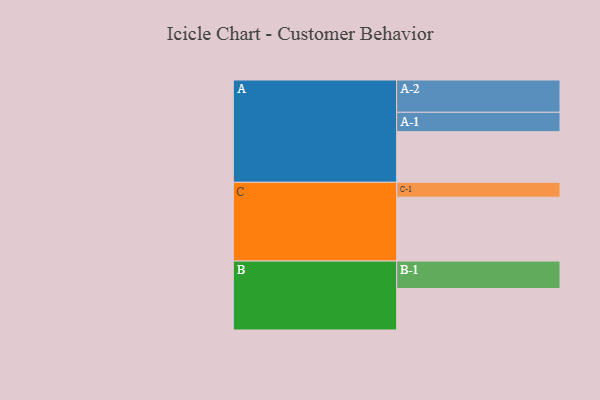
{"axis": {"x": "Segment", "y": "Value"}, "legend": ["", "A", "B", "C"], "data": [{"x": "A", "y": 464, "type": ""}, {"x": "B", "y": 380, "type": ""}, {"x": "C", "y": 586, "type": ""}, {"x": "A-1", "y": 178, "type": "A"}, {"x": "A-2", "y": 296, "type": "A"}, {"x": "B-1", "y": 252, "type": "B"}, {"x": "C-1", "y": 136, "type": "C"}]}